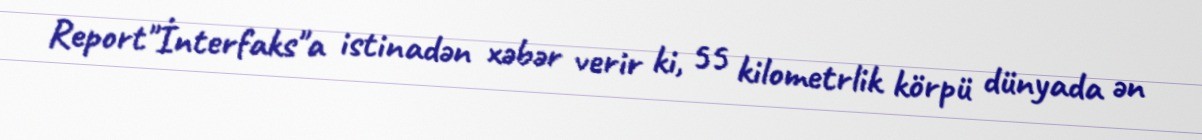
Report"İnterfaks"a istinadən xəbər verir ki, 55 kilometrlik körpü dünyada ən